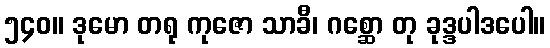
၅၄၀။ ဒုမော တရု ကုဇော သာခီ၊ ဂစ္ဆော တု ခုဒ္ဒပါဒပေါ။